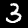
Label: 3